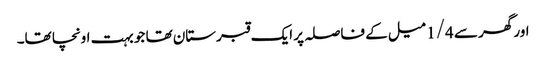
اور گھر سے 1/4 میل کے فاصلہ پر ایک قبرستان تھا جو بہت اونچا تھا۔